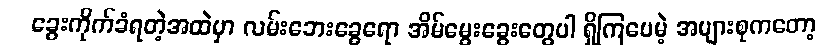
ခွေးကိုက်ခံရတဲ့အထဲမှာ လမ်းဘေးခွေရော အိမ်မွေးခွေးတွေပါ ရှိကြပေမဲ့ အများစုကတော့